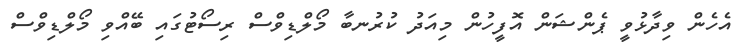
އެހެން ވިދާޅުވީ ޕެންޝަން އޮފީހުން މިއަދު ކުރުނބާ މޯލްޑިވްސް ރިސޯޓުގައި ބޭއްވި މޯލްޑިވްސް